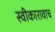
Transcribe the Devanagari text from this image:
स्वीकारावाच